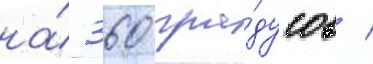
на́ 360 гра́дусов /